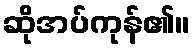
ဆိုအပ်ကုန်၏။